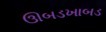
ઊબડખાબડ